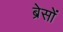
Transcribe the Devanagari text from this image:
ब्रेसों